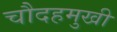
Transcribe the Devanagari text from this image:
चौदहमुखी